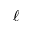
\ell